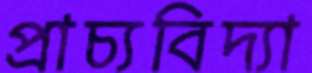
প্রাচ্যবিদ্যা